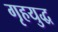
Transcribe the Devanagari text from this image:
गृहयुद्ध